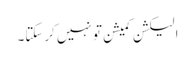
الیکشن کمیشن تو نہیں کرسکتا۔